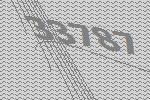
33787